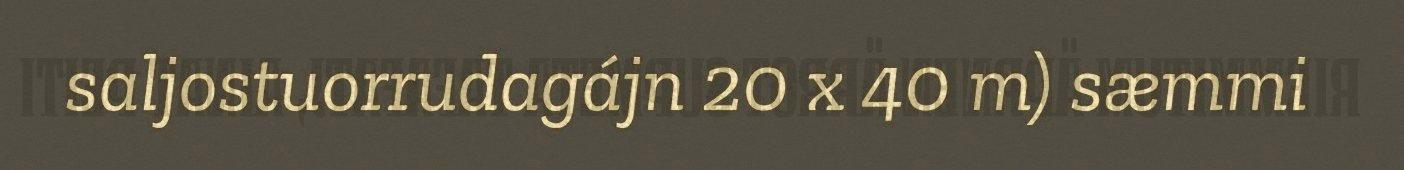
saljostuorrudagájn 20 x 40 m) sæmmi